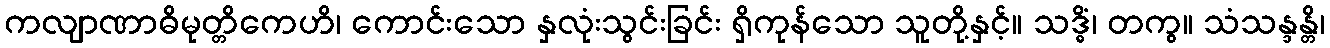
ကလျာဏာဓိမုတ္တိကေဟိ၊ ကောင်းသော နှလုံးသွင်းခြင်း ရှိကုန်သော သူတို့နှင့်။ သဒ္ဓိံ၊ တကွ။ သံသန္ဒန္တိ၊